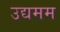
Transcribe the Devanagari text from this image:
उद्यमम